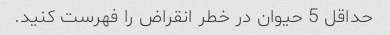
حداقل 5 حیوان در خطر انقراض را فهرست کنید.